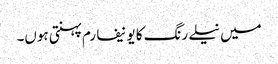
میں نیلے رنگ کا یونیفارم پہنتی ہوں۔